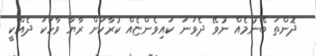
ދޮންތަ ބޭނުމެއް ނުވޭ ދެވަނަ ކައިވެންޏެއް ކުރާކަށް ރާޔާ ވާހަކަ ދެއްކީ